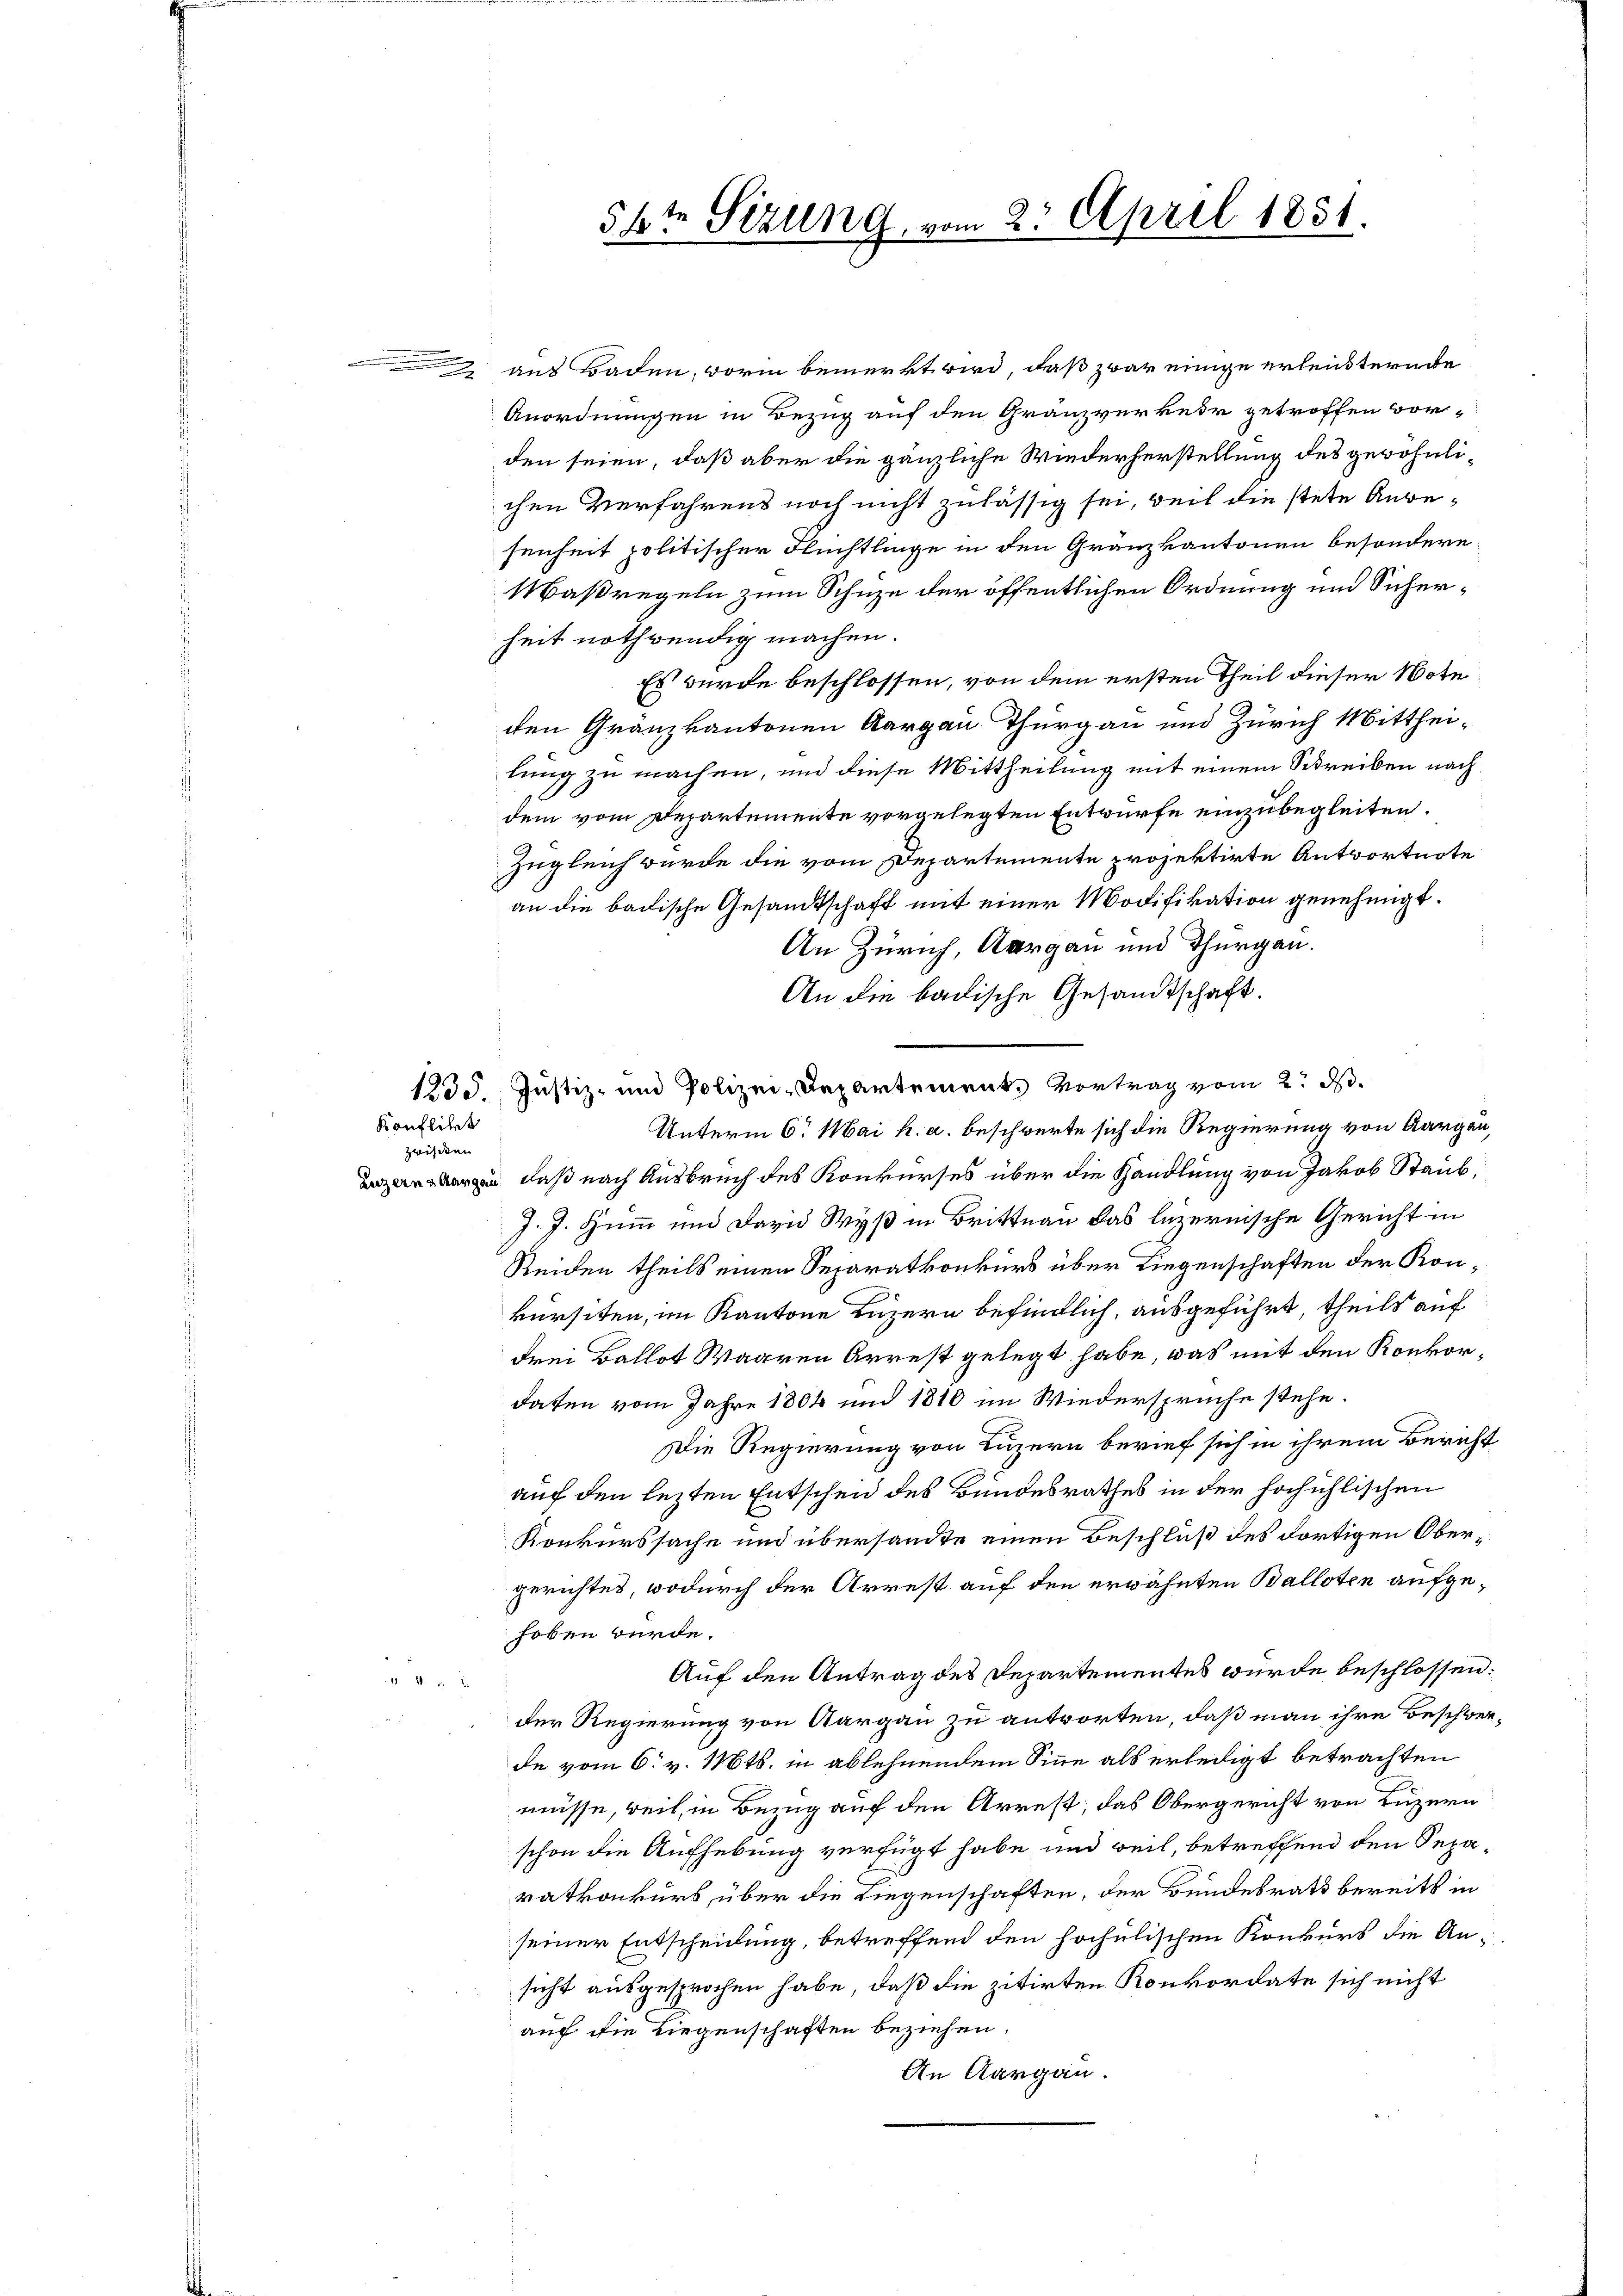
n

Konflikt

zwischen

aus Baden, worin bemerkt wird, daß zwar einige erleisternde
Anordnungen in Bezug auf den Gränzverkeir getroffen vorden seien, daß aber die gänzliche Wiederherstellung des gewöhnlichen Verfahrens noch nicht zulässig sei, weil die stete Anbesenheit politischer Flüchtlinge in den Gränzkantonen besondere
Maßregeln zum Schuze der öffentlichen Ordnung und Sicherheit nothwendig machen.
Es wurde beschlossen, von dem ersten Theil dieser Note
den Gränzkantonen Aargau Thurgau und Zürich Mittheilung zu machen, und diese Mittheilung mit einem Schreiben nach
dem vom Departemente vorgelegten Entwürfe einzubegleiten.
Zugleich wurde die vom Departemente projektirte Antwortnote
an die badische Gesandtschaft mit einer Modifikation genehmigt.
An Zürich, Aargau und Thurgau.
An die badische Gesandtschaft.
1235. Justiz- und Polizei-Departement. Vortrag vom 2. ds.
Unterm 6. Mai h. a. beschwerte sich die Regierung von Aargau,
zbergen, daß nach Ausbruch des Konkurses über die Handlung von Jakob Staub,
J. J. Humm und David Wyß in Brittnau das luzernische Gericht in
Reiden theils einen Separatkonkurs über Liegenschaften der Konkürsiten, im Kantone Luzern befindlich, ausgeführt, theils auf
drei Ballot Waaren Arrest gelegt habe, was mit den Konkordaten vom Jahre 1804 und 1810 im Wiedersprüche stehe.
Die Regierung von Luzern berief sich in ihrem Bericht
auf den lezten Entschen des Bundesrathes in der hochühlischen
Konkurssache und übersandte einen Beschluß des dortigen Obergerichtes, wodurch der Arrest auf den erwähnten Balloten aufgehoben würde.
Auf den Antrag des Departementes würde beschlossen:
der Regierung von Aargau zu antworten, daß man ihre Beschwerde vom 6. v. 116ts. in ablehnendem Sinne als erledigt betrachten
müsse, weil, in Bezug auf den Arrest, das Obergericht von Luzern
schon die Aufhebung verfügt habe und weil, betreffend den Separatkonkurs, über die Liegenschaften, der Bundesrath bereits in
seiner Entscheidung, betreffend den hochulischen Konkurs die Ansicht ausgesprochen habe, daß die zitirten Konkordate sich nicht
auf die Liegenschaften beziehen.
An Aargau.

56te Sizung, vom 2. April 1851.